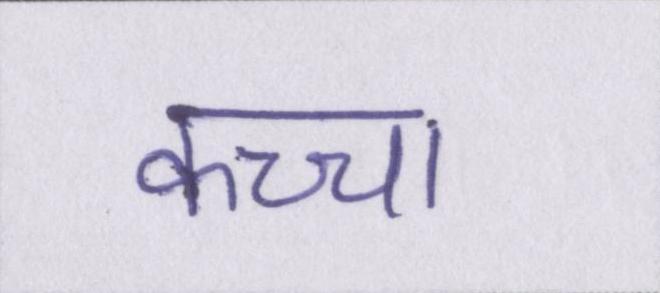
कच्चा